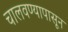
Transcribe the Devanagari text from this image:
चालवण्यापासून